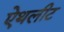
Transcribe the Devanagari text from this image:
ऐथलीट